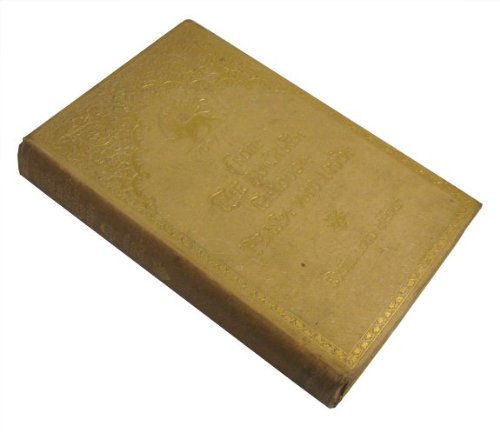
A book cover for From the Black Sea through Persia and India; Edwin Lord Weeks; Travel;